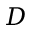
D